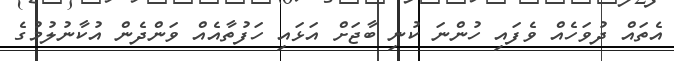
އެތައް ދުވަހެއް ވެފައި ހުންނަ ކުނި ބާޖަށް އަޅައި ހަފުތާއެއް ވަންދެން އުކާނުލުމުގެ